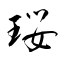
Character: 珱